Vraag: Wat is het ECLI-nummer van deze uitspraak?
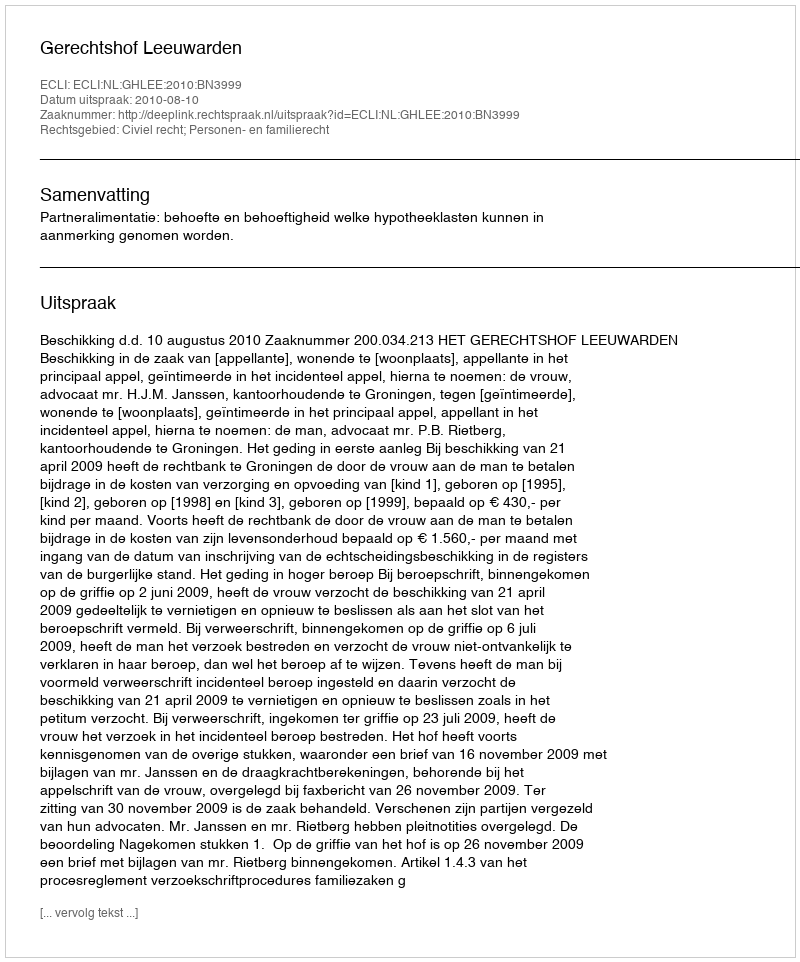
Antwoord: ECLI:NL:GHLEE:2010:BN3999